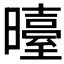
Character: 𭨉